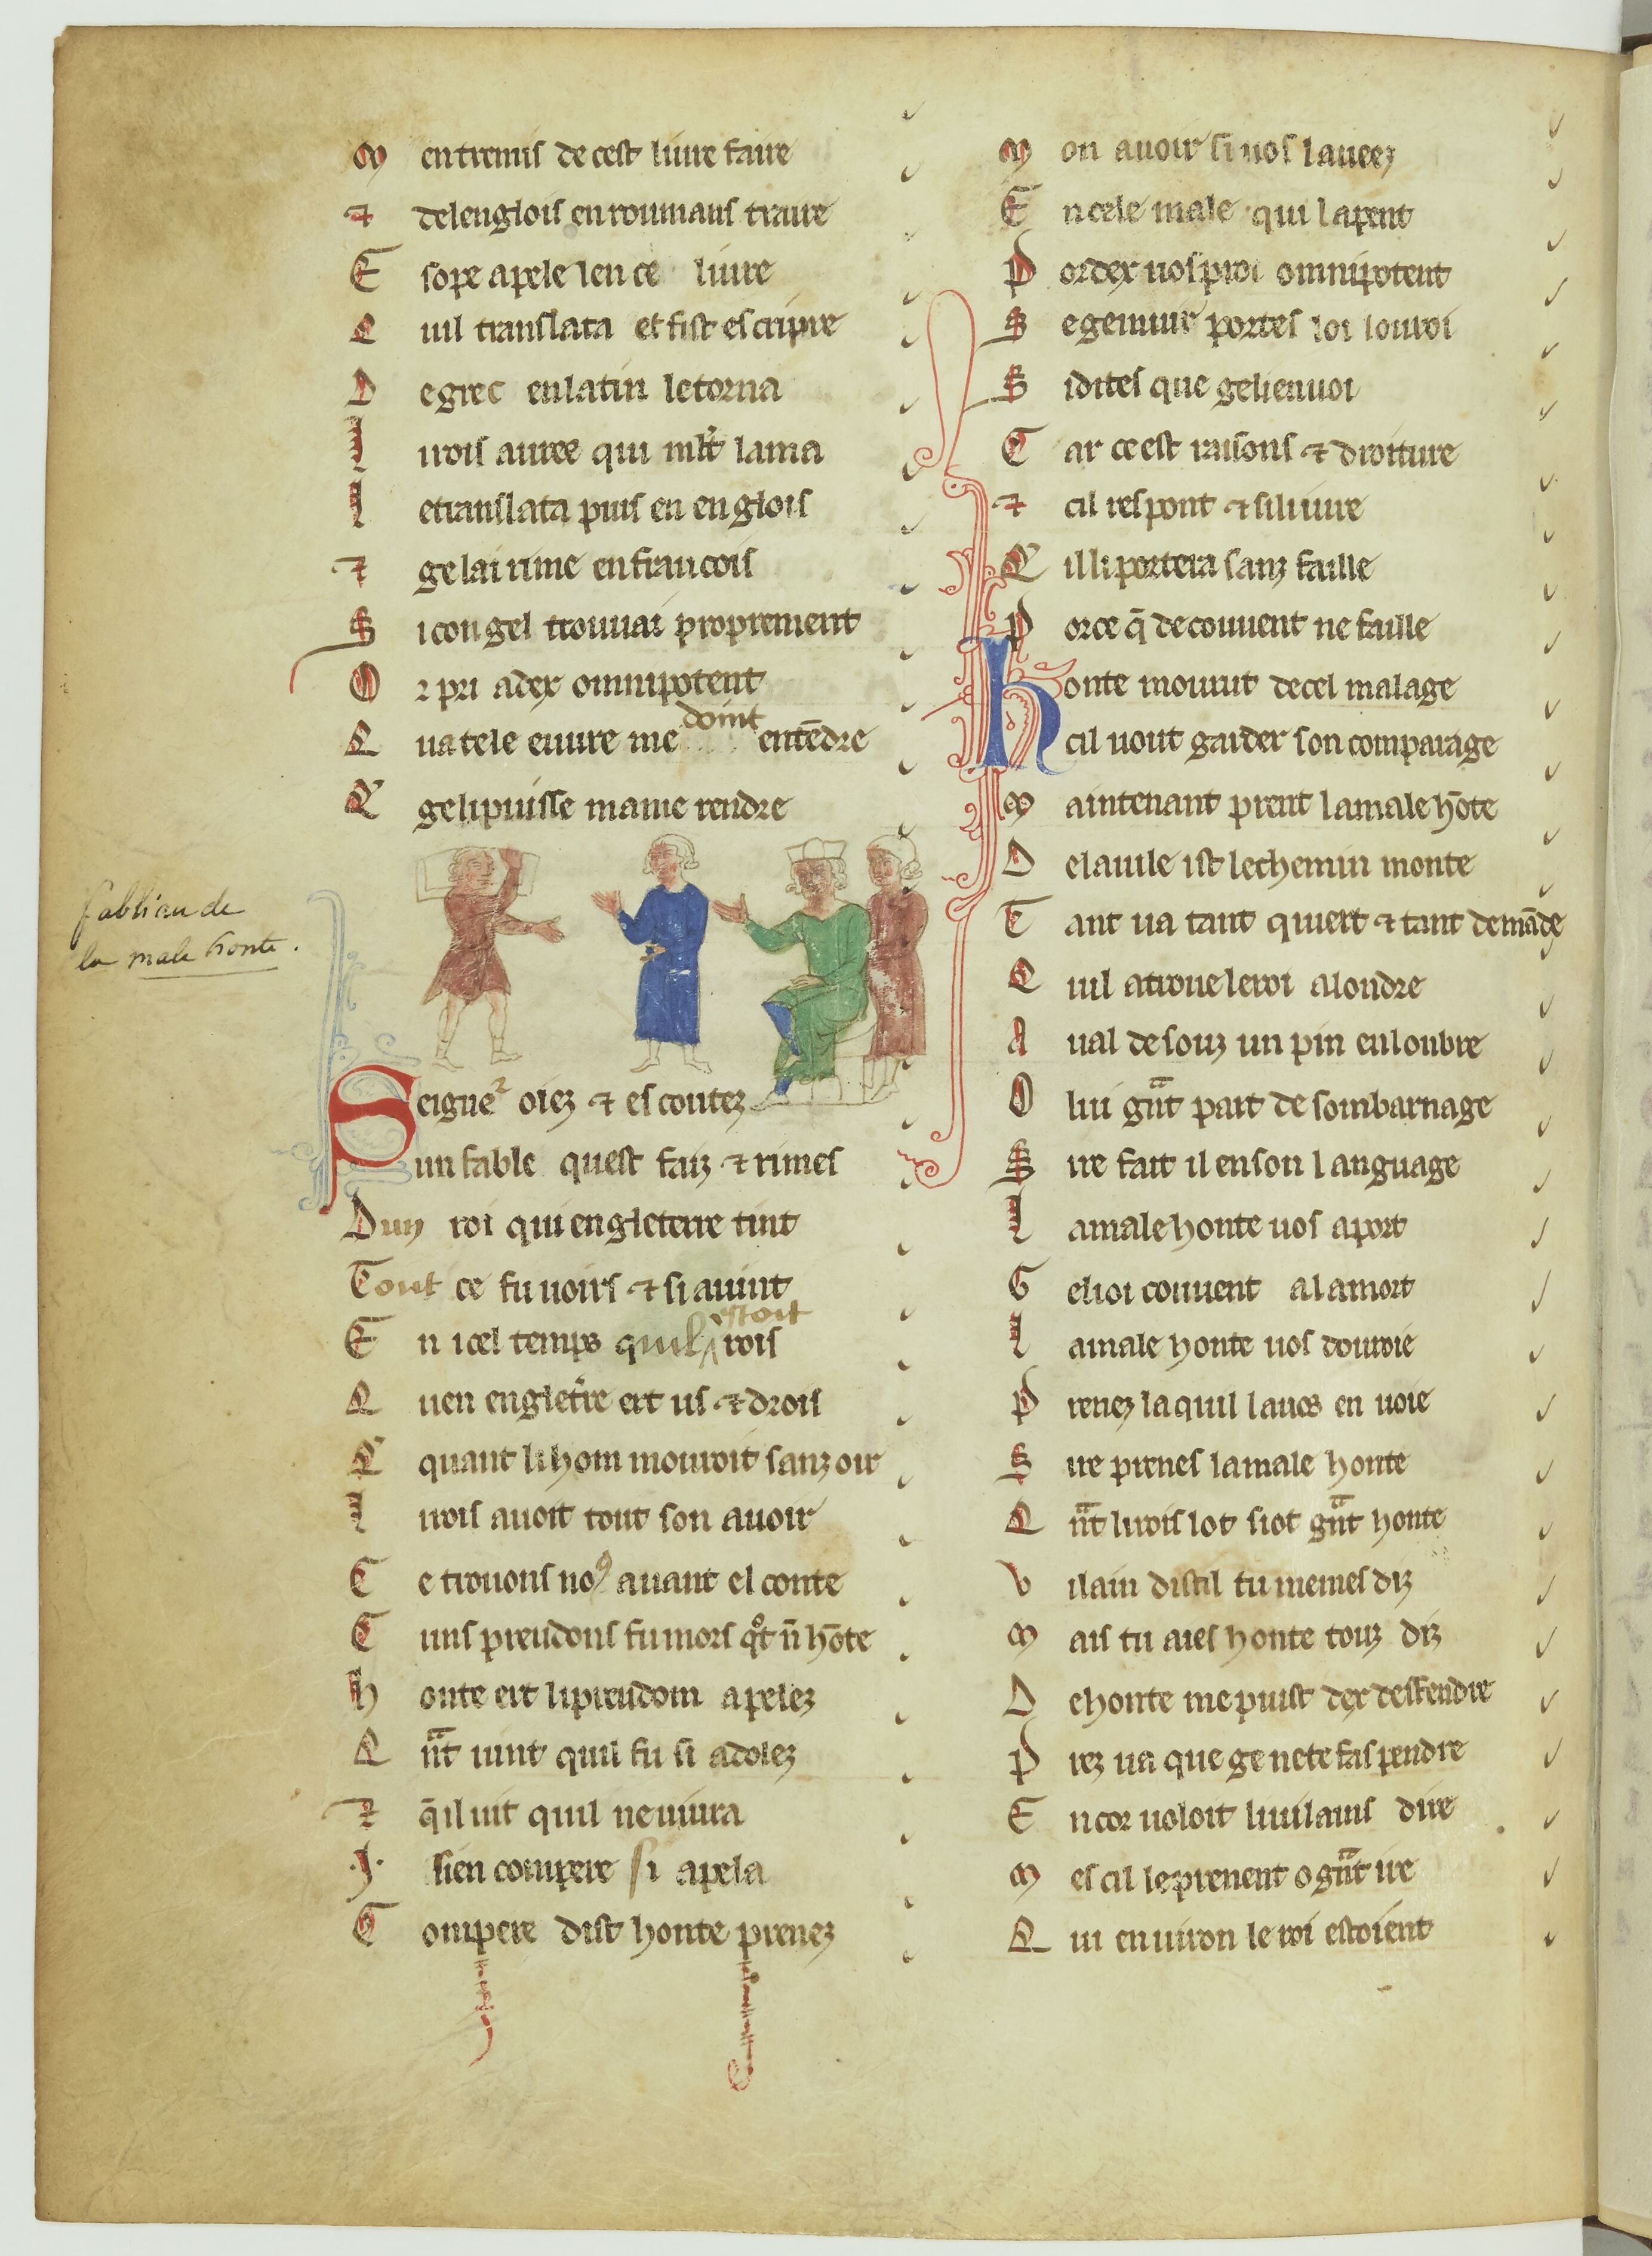
Shelfmark: Paris, BnF, fr. 2173
Century: 13